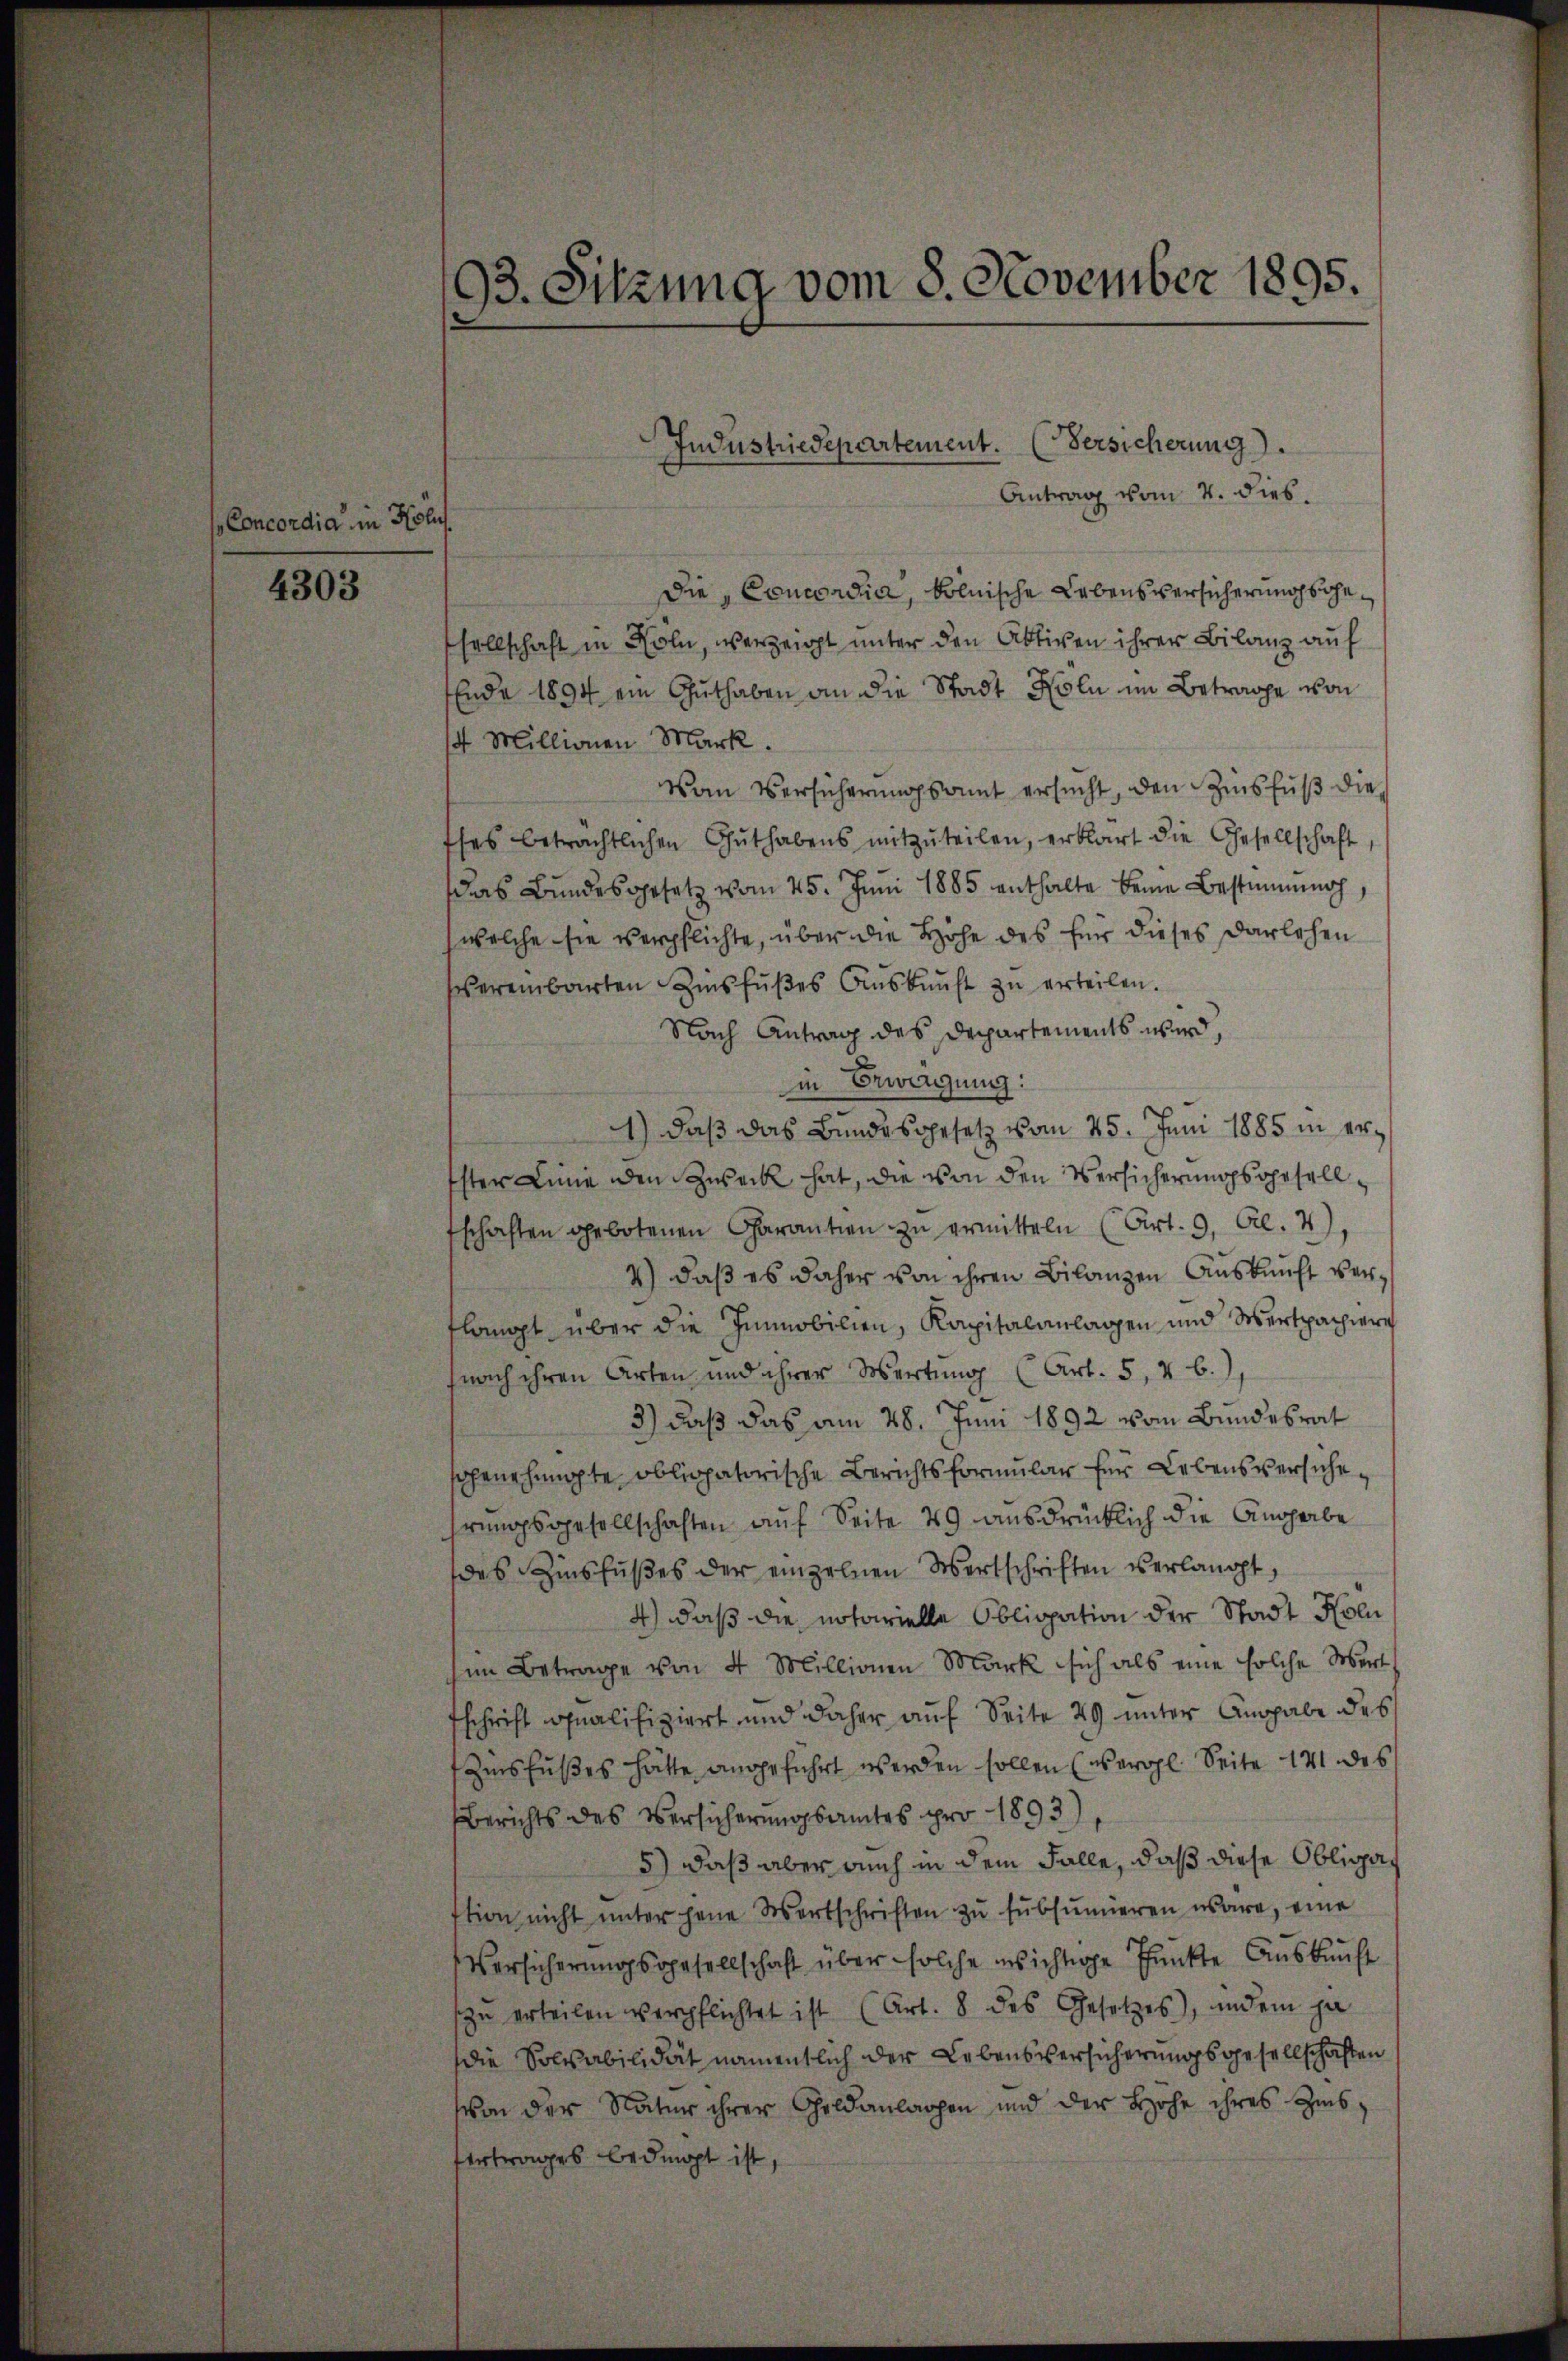
Concordia“ in Hol

4303

93. Sitzung vom 8. November 1895.

Antrag vom 4. dies.
Die, Concordia, kölnische Lebensversicherung schen
sellschaft in Köln, verzeigt unter den Aktiven ihrer Bilanz auf
Ende 1894 ein Guthaben an die Stadt Holn im Betrage von
4 Millionen Mark.
Vom Versicherungsamt ersucht, den Zinsfuß dieses beträchtlichen Guthabens mitzŭteilen, erklärt die Gesellschaft,
das Bundesgesetz vom 25. Juni 1885 enthalte keine Bestimmung,
welche sie verpflichte, über die Höhe des für dieses Darlehen
sbereinbarten Zinsfußes Auskunft zu erteilen.
Nach Antrag des Departements wird,
in Bewegung:
1) daß das Bundesgesetz vom 25. Juni 1885 in er¬
Ister Linie den Zweck hat, die von den Versicherungsgesellfschaften gebotenen Charantien zŭ ermitteln (Art. 9. Cl. 4),
4) daß es daher von ihren Bilanzen Auskunft verlangt über die Immobilien, Kapitalanlagen und Wertpapiere
nach ihren Arten, und ihrer Wertung (Art. 5, V b.)
3) daß das am 28. Juni 1892 vom Bundesrat
sogenehmigte obligatorische Berichtsformular für Lebensversichehrungsgesellschaften auf Seite 29 ausdrücklich die Angabe
des Zinsfußes der einzelnen Wertschriften verlangt,
4) daß die notarielle Obligation der Stadt Hol
him Betrage von 4 Millionen Mark sich als eine solche Wert
schrift qualifiziert und daher auf Seite 29 unter Angabe des
Zinsfußes hätte angeführt werden sollen (Vergl. Seite 141 des
Berichts des Versicherungsamtes pro 1893),
5) daß aber auch in dem Falle, daß diese Obligat
stion nicht ŭnter jene Wortschriften zŭ subsumieren wäre, eine
Versicherungsgesellschaft über solche ersichtige Punkte Auskunft
szu erteilen verpflichtet ist (Art. 8 des Gesetzes), indem ja
die Soldabilität namentlich der Lebensversicherungsgesellschaften
von der Natur ihrer Geldanlagen und der Hohe ihres Zins
Vertrages bedingt ist

Industriedepartement. (Versicherung.